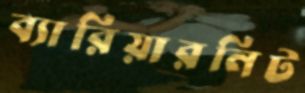
ব্যারিয়ারনিট